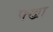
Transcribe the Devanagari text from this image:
फ्ख्रा